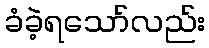
ခံခဲ့ရသော်လည်း